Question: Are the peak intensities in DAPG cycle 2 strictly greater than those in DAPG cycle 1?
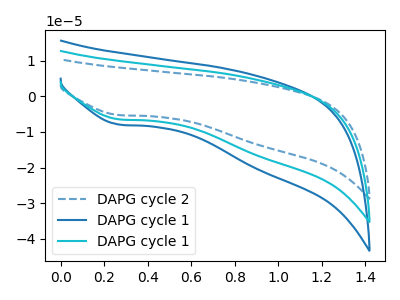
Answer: <think>The blue dashed curve "DAPG cycle 2" has a cathodic peak at: (0.25V, -5.25uA). The blue curve "DAPG cycle 1" has a cathodic peak at: (0.25V, -12.90uA). The cyan curve "DAPG cycle 1" has a cathodic peak at: (0.25V, -6.45uA).</think>
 <answer>Every peak in "DAPG cycle 2" is lower than every peak in "DAPG cycle 1".</answer>
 <eval>lower</eval>